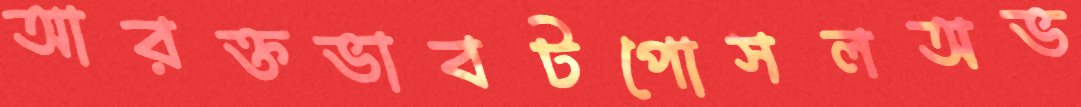
আরক্তভাবটপোসলঅভ